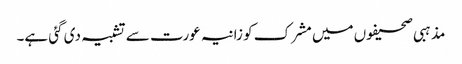
مذہبی صحیفوں میں مشرک کو زانیہ عورت سے تشبیہ دی گئی ہے۔